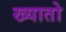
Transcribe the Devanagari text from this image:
ख्यातो